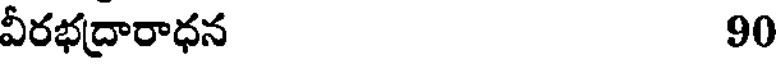
వీరభద్రారాధన 90